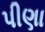
પીણા